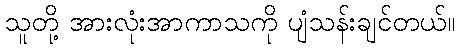
သူတို့ အားလုံးအာကာသကို ပျံသန်းချင်တယ်။